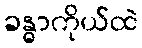
ခန္ဓာကိုယ်ထဲ